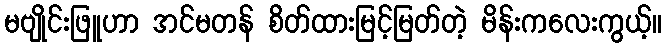
မဗျိုင်းဖြူဟာ အင်မတန် စိတ်ထားမြင့်မြတ်တဲ့ မိန်းကလေးကွယ့်။